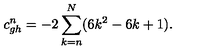
c _ { g h } ^ { n } = - 2 \sum _ { k = n } ^ { N } ( 6 k ^ { 2 } - 6 k + 1 ) .